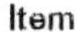
ITEM